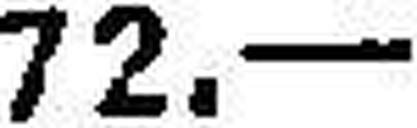
72.—